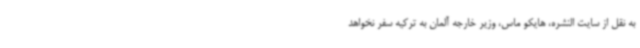
به نقل از سایت النشره، هایکو ماس، وزیر خارجه آلمان به ترکیه سفر نخواهد